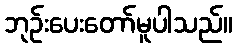
ဘုဉ်းပေးတော်မူပါသည်။